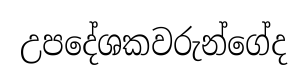
උපදේශකවරුන්ගේද